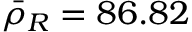
\bar { \rho } _ { R } = 8 6 . 8 2 \